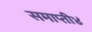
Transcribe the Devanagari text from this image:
समाप्ती४